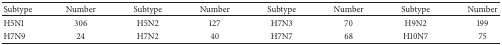
<table><thead><tr><td><b>Subtype</b></td><td><b>Number</b></td><td><b>Subtype</b></td><td><b>Number</b></td><td><b>Subtype</b></td><td><b>Number</b></td><td><b>Subtype</b></td><td><b>Number</b></td></tr></thead><tbody><tr><td>H5N1</td><td>306</td><td>H5N2</td><td>127</td><td>H7N3</td><td> 70</td><td>H9N2</td><td>199</td></tr><tr><td>H7N9</td><td>24</td><td>H7N2</td><td>40</td><td>H7N7</td><td>68</td><td>H10N7</td><td>75</td></tr></tbody></table>